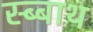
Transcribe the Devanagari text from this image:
स्ब्बाथ